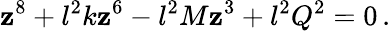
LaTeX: \mathbf{z}^{8}+l^{2}k\mathbf{z}^{6}-l^{2}M\mathbf{z}^{3}+l^{2}Q^{2}=0\, .